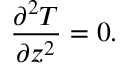
\frac { \partial ^ { 2 } T } { \partial z ^ { 2 } } = 0 .